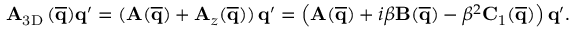
\mathbf { A } _ { \mathrm { 3 D } } \, ( \mathbf { \overline { { q } } } ) \mathbf { q } ^ { \prime } = ( \mathbf { A } ( \mathbf { \overline { { q } } } ) + \mathbf { A } _ { z } ( \mathbf { \overline { { q } } } ) ) \, \mathbf { q } ^ { \prime } = \left( \mathbf { A } ( \mathbf { \overline { { q } } } ) + i \beta \mathbf { B } ( \mathbf { \overline { { q } } } ) - \beta ^ { 2 } \mathbf { C } _ { 1 } ( \mathbf { \overline { { q } } } ) \right) \mathbf { q } ^ { \prime } .